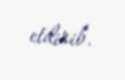
etdirib.